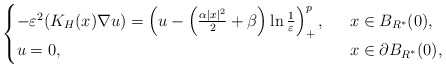
\begin{align*}\begin{cases}-\varepsilon^2(K_H(x)\nabla u)= \left(u-\left( \frac{\alpha|x|^2}{2}+\beta\right)\ln\frac{1}{\varepsilon}\right)^{p}_+,\ \ &x\in B_{R^*}(0),\\u=0,\ \ &x\in\partial B_{R^*}(0),\end{cases}\end{align*}